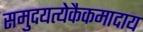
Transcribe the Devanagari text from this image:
समुदयत्येकैकमादाय